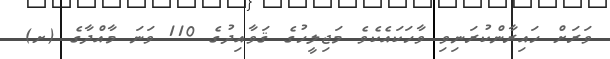
ވަރަށް ހައިރާންކުރަނިވި ވާހަކައެކެވެ މަޖިލީހުގެ ޤަވާއިދުގެ 110 ވަނަ މާއްދާގެ (ށ)